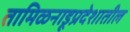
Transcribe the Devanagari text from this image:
तामिळनाडूप्रदेशातील